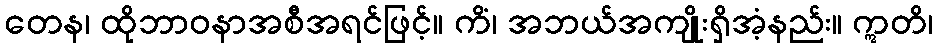
တေန၊ ထိုဘာဝနာအစီအရင်ဖြင့်။ ကိံ၊ အဘယ်အကျိုးရှိအံ့နည်း။ ဣတိ၊